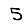
Digit: 5